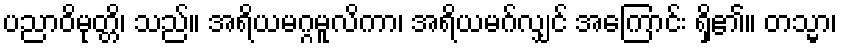
ပညာဝိမုတ္တိ၊ သည်။ အရိယမဂ္ဂမူလိကာ၊ အရိယမဂ်လျှင် အကြောင်း ရှိ၏။ တသ္မာ၊